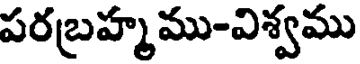
పరబ్రహ్మము-విశ్వము